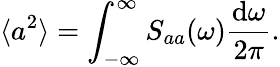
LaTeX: \langle a^{2}\rangle=\int_{-\infty}^{\infty}S_{aa}(\omega)\frac{\mathrm{d}\omega}{2\pi}.